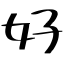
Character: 好